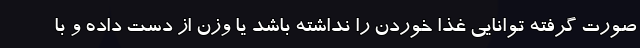
صورت گرفته توانایی غذا خوردن را نداشته باشد یا وزن از دست داده و با